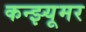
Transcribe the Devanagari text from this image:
कन्झ्यूमर